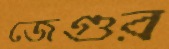
জেগুর